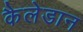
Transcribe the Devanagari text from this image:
कैलेडान